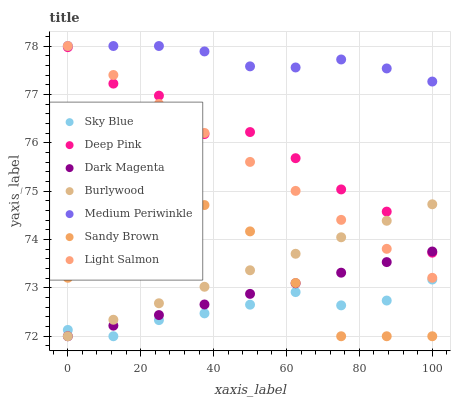
| xaxis_label | Sky Blue | Deep Pink | Dark Magenta | Burlywood | Medium Periwinkle | Sandy Brown | Light Salmon |
 | --- | --- | --- | --- | --- | --- | --- | --- |
 | 0 | 72.1 | 78 | 72 | 72 | 78 | 73.2 | 78 |
 | 12.5 | 72 | 77.2 | 72.2 | 72.3 | 78 | 74.2 | 77.4 |
 | 25 | 72.3 | 77 | 72.4 | 72.7 | 78 | 74.7 | 76.8 |
 | 37.5 | 72.5 | 76.2 | 72.7 | 73 | 77.9 | 74.7 | 76.2 |
 | 50 | 72.7 | 76.2 | 72.9 | 73.4 | 77.6 | 74.2 | 75.6 |
 | 62.5 | 72.9 | 75.7 | 73.1 | 73.7 | 77.6 | 73.1 | 75 |
 | 75 | 72.6 | 75 | 73.3 | 74 | 77.7 | 72 | 74.4 |
 | 87.5 | 72.7 | 74.6 | 73.5 | 74.4 | 77.5 | 72 | 73.8 |
 | 100 | 73.2 | 73.7 | 73.8 | 74.7 | 77.3 | 72 | 73.2 |